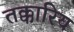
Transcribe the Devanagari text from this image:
तक्कारिय